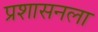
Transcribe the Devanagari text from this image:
प्रशासनला